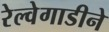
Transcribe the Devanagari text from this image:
रेल्वेगाडीने